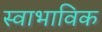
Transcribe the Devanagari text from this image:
स्‍वाभाविक